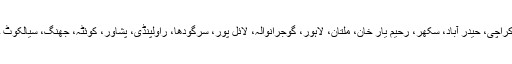
کراچی، حیدر آباد، سکھر، رحیم یار خان، ملتان، لاہور، گوجرانوالہ، لائل پور، سرگودھا، راولپنڈی، پشاور، کوئٹہ، جھنگ، سیالکوٹ ۔